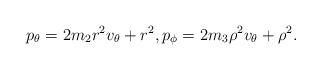
LaTeX: \begin{align*}p_\theta=2m_2r^2v_\theta+r^2,p_\phi=2m_3\rho^2v_\theta+\rho^2.\end{align*}